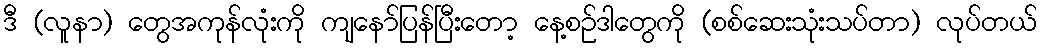
ဒီ (လူနာ) တွေအကုန်လုံးကို ကျနော်ပြန်ပြီးတော့ နေ့စဉ်ဒါတွေကို (စစ်ဆေးသုံးသပ်တာ) လုပ်တယ်